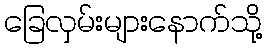
ခြေလှမ်းများနောက်သို့